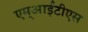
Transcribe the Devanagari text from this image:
एम्आईटीएस